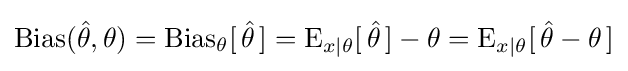
\operatorname {Bias} ({\hat {\theta }},\theta )=\operatorname {Bias} _{\theta }[\,{\hat {\theta }}\,]=\operatorname {E} _{x\mid \theta }[\,{\hat {\theta }}\,]-\theta =\operatorname {E} _{x\mid \theta }[\,{\hat {\theta }}-\theta \,]